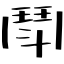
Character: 鬦